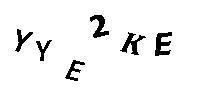
YYE2KE